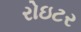
રોઇટર